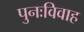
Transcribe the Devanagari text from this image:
पुनःविवाह